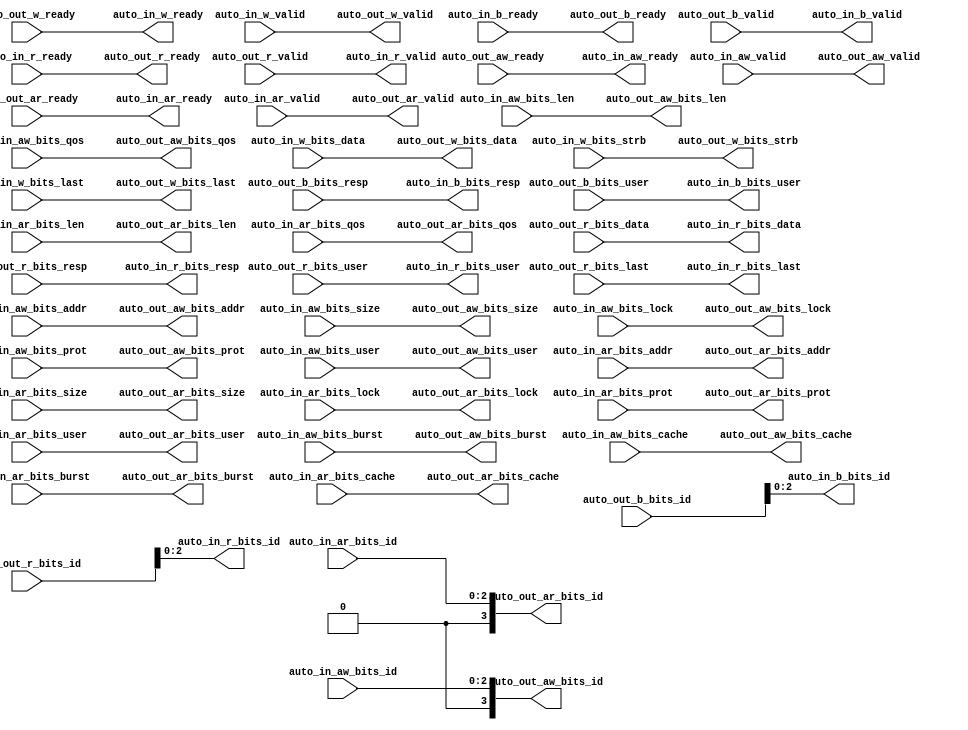
// Copyright (c) 2017, Microsemi Corporation
// All rights reserved.
//
// Redistribution and use in source and binary forms, with or without
// modification, are permitted provided that the following conditions are met:
//     * Redistributions of source code must retain the above copyright
//       notice, this list of conditions and the following disclaimer.
//     * Redistributions in binary form must reproduce the above copyright
//       notice, this list of conditions and the following disclaimer in the
//       documentation and/or other materials provided with the distribution.
//     * Neither the name of the <organization> nor the
//       names of its contributors may be used to endorse or promote products
//       derived from this software without specific prior written permission.
//
// THIS SOFTWARE IS PROVIDED BY THE COPYRIGHT HOLDERS AND CONTRIBUTORS "AS IS" AND
// ANY EXPRESS OR IMPLIED WARRANTIES, INCLUDING, BUT NOT LIMITED TO, THE IMPLIED
// WARRANTIES OF MERCHANTABILITY AND FITNESS FOR A PARTICULAR PURPOSE ARE
// DISCLAIMED. IN NO EVENT SHALL MICROSEMI CORPORATIONM BE LIABLE FOR ANY
// DIRECT, INDIRECT, INCIDENTAL, SPECIAL, EXEMPLARY, OR CONSEQUENTIAL DAMAGES
// (INCLUDING, BUT NOT LIMITED TO, PROCUREMENT OF SUBSTITUTE GOODS OR SERVICES;
// LOSS OF USE, DATA, OR PROFITS; OR BUSINESS INTERRUPTION) HOWEVER CAUSED AND
// ON ANY THEORY OF LIABILITY, WHETHER IN CONTRACT, STRICT LIABILITY, OR TORT
// (INCLUDING NEGLIGENCE OR OTHERWISE) ARISING IN ANY WAY OUT OF THE USE OF THIS
// SOFTWARE, EVEN IF ADVISED OF THE POSSIBILITY OF SUCH DAMAGE.
//
// APACHE LICENSE
// Copyright (c) 2017, Microsemi Corporation 
//
// Licensed under the Apache License, Version 2.0 (the "License");
// you may not use this file except in compliance with the License.
// You may obtain a copy of the License at
//
//    http://www.apache.org/licenses/LICENSE-2.0
//
// Unless required by applicable law or agreed to in writing, software
// distributed under the License is distributed on an "AS IS" BASIS,
// WITHOUT WARRANTIES OR CONDITIONS OF ANY KIND, either express or implied.
// See the License for the specific language governing permissions and
// limitations under the License.
//
// Description:
//
// SVN Revision Information:
// SVN $Revision: $
// SVN $Date: $
//
// Resolved SARs
// SAR      Date     Who   Description
//
// Notes:
//
// ****************************************************************************/
`ifndef RANDOMIZE_REG_INIT 
	 `define RANDOMIZE_REG_INIT 
 `endif
`ifndef RANDOMIZE_MEM_INIT 
	 `define RANDOMIZE_MEM_INIT 
 `endif
`ifndef RANDOMIZE 
	 `define RANDOMIZE 
`endif

`timescale 1ns/10ps
module MiV_AXI_MiV_AXI_0_MIV_RV32IMA_L1_AXI_AXI4ID_INDEXER( // @[:freechips.rocketchip.system.MivRV32ImaL1AhbConfig.fir@116163.2]
  output        auto_in_aw_ready, // @[:freechips.rocketchip.system.MivRV32ImaL1AhbConfig.fir@116166.4]
  input         auto_in_aw_valid, // @[:freechips.rocketchip.system.MivRV32ImaL1AhbConfig.fir@116166.4]
  input  [2:0]  auto_in_aw_bits_id, // @[:freechips.rocketchip.system.MivRV32ImaL1AhbConfig.fir@116166.4]
  input  [30:0] auto_in_aw_bits_addr, // @[:freechips.rocketchip.system.MivRV32ImaL1AhbConfig.fir@116166.4]
  input  [7:0]  auto_in_aw_bits_len, // @[:freechips.rocketchip.system.MivRV32ImaL1AhbConfig.fir@116166.4]
  input  [2:0]  auto_in_aw_bits_size, // @[:freechips.rocketchip.system.MivRV32ImaL1AhbConfig.fir@116166.4]
  input  [1:0]  auto_in_aw_bits_burst, // @[:freechips.rocketchip.system.MivRV32ImaL1AhbConfig.fir@116166.4]
  input         auto_in_aw_bits_lock, // @[:freechips.rocketchip.system.MivRV32ImaL1AhbConfig.fir@116166.4]
  input  [3:0]  auto_in_aw_bits_cache, // @[:freechips.rocketchip.system.MivRV32ImaL1AhbConfig.fir@116166.4]
  input  [2:0]  auto_in_aw_bits_prot, // @[:freechips.rocketchip.system.MivRV32ImaL1AhbConfig.fir@116166.4]
  input  [3:0]  auto_in_aw_bits_qos, // @[:freechips.rocketchip.system.MivRV32ImaL1AhbConfig.fir@116166.4]
  input  [6:0]  auto_in_aw_bits_user, // @[:freechips.rocketchip.system.MivRV32ImaL1AhbConfig.fir@116166.4]
  output        auto_in_w_ready, // @[:freechips.rocketchip.system.MivRV32ImaL1AhbConfig.fir@116166.4]
  input         auto_in_w_valid, // @[:freechips.rocketchip.system.MivRV32ImaL1AhbConfig.fir@116166.4]
  input  [63:0] auto_in_w_bits_data, // @[:freechips.rocketchip.system.MivRV32ImaL1AhbConfig.fir@116166.4]
  input  [7:0]  auto_in_w_bits_strb, // @[:freechips.rocketchip.system.MivRV32ImaL1AhbConfig.fir@116166.4]
  input         auto_in_w_bits_last, // @[:freechips.rocketchip.system.MivRV32ImaL1AhbConfig.fir@116166.4]
  input         auto_in_b_ready, // @[:freechips.rocketchip.system.MivRV32ImaL1AhbConfig.fir@116166.4]
  output        auto_in_b_valid, // @[:freechips.rocketchip.system.MivRV32ImaL1AhbConfig.fir@116166.4]
  output [2:0]  auto_in_b_bits_id, // @[:freechips.rocketchip.system.MivRV32ImaL1AhbConfig.fir@116166.4]
  output [1:0]  auto_in_b_bits_resp, // @[:freechips.rocketchip.system.MivRV32ImaL1AhbConfig.fir@116166.4]
  output [6:0]  auto_in_b_bits_user, // @[:freechips.rocketchip.system.MivRV32ImaL1AhbConfig.fir@116166.4]
  output        auto_in_ar_ready, // @[:freechips.rocketchip.system.MivRV32ImaL1AhbConfig.fir@116166.4]
  input         auto_in_ar_valid, // @[:freechips.rocketchip.system.MivRV32ImaL1AhbConfig.fir@116166.4]
  input  [2:0]  auto_in_ar_bits_id, // @[:freechips.rocketchip.system.MivRV32ImaL1AhbConfig.fir@116166.4]
  input  [30:0] auto_in_ar_bits_addr, // @[:freechips.rocketchip.system.MivRV32ImaL1AhbConfig.fir@116166.4]
  input  [7:0]  auto_in_ar_bits_len, // @[:freechips.rocketchip.system.MivRV32ImaL1AhbConfig.fir@116166.4]
  input  [2:0]  auto_in_ar_bits_size, // @[:freechips.rocketchip.system.MivRV32ImaL1AhbConfig.fir@116166.4]
  input  [1:0]  auto_in_ar_bits_burst, // @[:freechips.rocketchip.system.MivRV32ImaL1AhbConfig.fir@116166.4]
  input         auto_in_ar_bits_lock, // @[:freechips.rocketchip.system.MivRV32ImaL1AhbConfig.fir@116166.4]
  input  [3:0]  auto_in_ar_bits_cache, // @[:freechips.rocketchip.system.MivRV32ImaL1AhbConfig.fir@116166.4]
  input  [2:0]  auto_in_ar_bits_prot, // @[:freechips.rocketchip.system.MivRV32ImaL1AhbConfig.fir@116166.4]
  input  [3:0]  auto_in_ar_bits_qos, // @[:freechips.rocketchip.system.MivRV32ImaL1AhbConfig.fir@116166.4]
  input  [6:0]  auto_in_ar_bits_user, // @[:freechips.rocketchip.system.MivRV32ImaL1AhbConfig.fir@116166.4]
  input         auto_in_r_ready, // @[:freechips.rocketchip.system.MivRV32ImaL1AhbConfig.fir@116166.4]
  output        auto_in_r_valid, // @[:freechips.rocketchip.system.MivRV32ImaL1AhbConfig.fir@116166.4]
  output [2:0]  auto_in_r_bits_id, // @[:freechips.rocketchip.system.MivRV32ImaL1AhbConfig.fir@116166.4]
  output [63:0] auto_in_r_bits_data, // @[:freechips.rocketchip.system.MivRV32ImaL1AhbConfig.fir@116166.4]
  output [1:0]  auto_in_r_bits_resp, // @[:freechips.rocketchip.system.MivRV32ImaL1AhbConfig.fir@116166.4]
  output [6:0]  auto_in_r_bits_user, // @[:freechips.rocketchip.system.MivRV32ImaL1AhbConfig.fir@116166.4]
  output        auto_in_r_bits_last, // @[:freechips.rocketchip.system.MivRV32ImaL1AhbConfig.fir@116166.4]
  input         auto_out_aw_ready, // @[:freechips.rocketchip.system.MivRV32ImaL1AhbConfig.fir@116166.4]
  output        auto_out_aw_valid, // @[:freechips.rocketchip.system.MivRV32ImaL1AhbConfig.fir@116166.4]
  output [3:0]  auto_out_aw_bits_id, // @[:freechips.rocketchip.system.MivRV32ImaL1AhbConfig.fir@116166.4]
  output [30:0] auto_out_aw_bits_addr, // @[:freechips.rocketchip.system.MivRV32ImaL1AhbConfig.fir@116166.4]
  output [7:0]  auto_out_aw_bits_len, // @[:freechips.rocketchip.system.MivRV32ImaL1AhbConfig.fir@116166.4]
  output [2:0]  auto_out_aw_bits_size, // @[:freechips.rocketchip.system.MivRV32ImaL1AhbConfig.fir@116166.4]
  output [1:0]  auto_out_aw_bits_burst, // @[:freechips.rocketchip.system.MivRV32ImaL1AhbConfig.fir@116166.4]
  output        auto_out_aw_bits_lock, // @[:freechips.rocketchip.system.MivRV32ImaL1AhbConfig.fir@116166.4]
  output [3:0]  auto_out_aw_bits_cache, // @[:freechips.rocketchip.system.MivRV32ImaL1AhbConfig.fir@116166.4]
  output [2:0]  auto_out_aw_bits_prot, // @[:freechips.rocketchip.system.MivRV32ImaL1AhbConfig.fir@116166.4]
  output [3:0]  auto_out_aw_bits_qos, // @[:freechips.rocketchip.system.MivRV32ImaL1AhbConfig.fir@116166.4]
  output [6:0]  auto_out_aw_bits_user, // @[:freechips.rocketchip.system.MivRV32ImaL1AhbConfig.fir@116166.4]
  input         auto_out_w_ready, // @[:freechips.rocketchip.system.MivRV32ImaL1AhbConfig.fir@116166.4]
  output        auto_out_w_valid, // @[:freechips.rocketchip.system.MivRV32ImaL1AhbConfig.fir@116166.4]
  output [63:0] auto_out_w_bits_data, // @[:freechips.rocketchip.system.MivRV32ImaL1AhbConfig.fir@116166.4]
  output [7:0]  auto_out_w_bits_strb, // @[:freechips.rocketchip.system.MivRV32ImaL1AhbConfig.fir@116166.4]
  output        auto_out_w_bits_last, // @[:freechips.rocketchip.system.MivRV32ImaL1AhbConfig.fir@116166.4]
  output        auto_out_b_ready, // @[:freechips.rocketchip.system.MivRV32ImaL1AhbConfig.fir@116166.4]
  input         auto_out_b_valid, // @[:freechips.rocketchip.system.MivRV32ImaL1AhbConfig.fir@116166.4]
  input  [3:0]  auto_out_b_bits_id, // @[:freechips.rocketchip.system.MivRV32ImaL1AhbConfig.fir@116166.4]
  input  [1:0]  auto_out_b_bits_resp, // @[:freechips.rocketchip.system.MivRV32ImaL1AhbConfig.fir@116166.4]
  input  [6:0]  auto_out_b_bits_user, // @[:freechips.rocketchip.system.MivRV32ImaL1AhbConfig.fir@116166.4]
  input         auto_out_ar_ready, // @[:freechips.rocketchip.system.MivRV32ImaL1AhbConfig.fir@116166.4]
  output        auto_out_ar_valid, // @[:freechips.rocketchip.system.MivRV32ImaL1AhbConfig.fir@116166.4]
  output [3:0]  auto_out_ar_bits_id, // @[:freechips.rocketchip.system.MivRV32ImaL1AhbConfig.fir@116166.4]
  output [30:0] auto_out_ar_bits_addr, // @[:freechips.rocketchip.system.MivRV32ImaL1AhbConfig.fir@116166.4]
  output [7:0]  auto_out_ar_bits_len, // @[:freechips.rocketchip.system.MivRV32ImaL1AhbConfig.fir@116166.4]
  output [2:0]  auto_out_ar_bits_size, // @[:freechips.rocketchip.system.MivRV32ImaL1AhbConfig.fir@116166.4]
  output [1:0]  auto_out_ar_bits_burst, // @[:freechips.rocketchip.system.MivRV32ImaL1AhbConfig.fir@116166.4]
  output        auto_out_ar_bits_lock, // @[:freechips.rocketchip.system.MivRV32ImaL1AhbConfig.fir@116166.4]
  output [3:0]  auto_out_ar_bits_cache, // @[:freechips.rocketchip.system.MivRV32ImaL1AhbConfig.fir@116166.4]
  output [2:0]  auto_out_ar_bits_prot, // @[:freechips.rocketchip.system.MivRV32ImaL1AhbConfig.fir@116166.4]
  output [3:0]  auto_out_ar_bits_qos, // @[:freechips.rocketchip.system.MivRV32ImaL1AhbConfig.fir@116166.4]
  output [6:0]  auto_out_ar_bits_user, // @[:freechips.rocketchip.system.MivRV32ImaL1AhbConfig.fir@116166.4]
  output        auto_out_r_ready, // @[:freechips.rocketchip.system.MivRV32ImaL1AhbConfig.fir@116166.4]
  input         auto_out_r_valid, // @[:freechips.rocketchip.system.MivRV32ImaL1AhbConfig.fir@116166.4]
  input  [3:0]  auto_out_r_bits_id, // @[:freechips.rocketchip.system.MivRV32ImaL1AhbConfig.fir@116166.4]
  input  [63:0] auto_out_r_bits_data, // @[:freechips.rocketchip.system.MivRV32ImaL1AhbConfig.fir@116166.4]
  input  [1:0]  auto_out_r_bits_resp, // @[:freechips.rocketchip.system.MivRV32ImaL1AhbConfig.fir@116166.4]
  input  [6:0]  auto_out_r_bits_user, // @[:freechips.rocketchip.system.MivRV32ImaL1AhbConfig.fir@116166.4]
  input         auto_out_r_bits_last // @[:freechips.rocketchip.system.MivRV32ImaL1AhbConfig.fir@116166.4]
);
  wire [2:0] _T_31_b_bits_id; // @[Nodes.scala 335:76:freechips.rocketchip.system.MivRV32ImaL1AhbConfig.fir@116171.4]
  wire [2:0] _T_31_r_bits_id; // @[Nodes.scala 335:76:freechips.rocketchip.system.MivRV32ImaL1AhbConfig.fir@116171.4]
  wire [3:0] _T_89_aw_bits_id; // @[Nodes.scala 334:76:freechips.rocketchip.system.MivRV32ImaL1AhbConfig.fir@116173.4]
  wire [3:0] _T_89_ar_bits_id; // @[Nodes.scala 334:76:freechips.rocketchip.system.MivRV32ImaL1AhbConfig.fir@116173.4]
  assign _T_31_b_bits_id = auto_out_b_bits_id[2:0]; // @[Nodes.scala 335:76:freechips.rocketchip.system.MivRV32ImaL1AhbConfig.fir@116171.4]
  assign _T_31_r_bits_id = auto_out_r_bits_id[2:0]; // @[Nodes.scala 335:76:freechips.rocketchip.system.MivRV32ImaL1AhbConfig.fir@116171.4]
  assign _T_89_aw_bits_id = {{1'd0}, auto_in_aw_bits_id}; // @[Nodes.scala 334:76:freechips.rocketchip.system.MivRV32ImaL1AhbConfig.fir@116173.4]
  assign _T_89_ar_bits_id = {{1'd0}, auto_in_ar_bits_id}; // @[Nodes.scala 334:76:freechips.rocketchip.system.MivRV32ImaL1AhbConfig.fir@116173.4]
  assign auto_in_aw_ready = auto_out_aw_ready;
  assign auto_in_w_ready = auto_out_w_ready;
  assign auto_in_b_valid = auto_out_b_valid;
  assign auto_in_b_bits_id = _T_31_b_bits_id;
  assign auto_in_b_bits_resp = auto_out_b_bits_resp;
  assign auto_in_b_bits_user = auto_out_b_bits_user;
  assign auto_in_ar_ready = auto_out_ar_ready;
  assign auto_in_r_valid = auto_out_r_valid;
  assign auto_in_r_bits_id = _T_31_r_bits_id;
  assign auto_in_r_bits_data = auto_out_r_bits_data;
  assign auto_in_r_bits_resp = auto_out_r_bits_resp;
  assign auto_in_r_bits_user = auto_out_r_bits_user;
  assign auto_in_r_bits_last = auto_out_r_bits_last;
  assign auto_out_aw_valid = auto_in_aw_valid;
  assign auto_out_aw_bits_id = _T_89_aw_bits_id;
  assign auto_out_aw_bits_addr = auto_in_aw_bits_addr;
  assign auto_out_aw_bits_len = auto_in_aw_bits_len;
  assign auto_out_aw_bits_size = auto_in_aw_bits_size;
  assign auto_out_aw_bits_burst = auto_in_aw_bits_burst;
  assign auto_out_aw_bits_lock = auto_in_aw_bits_lock;
  assign auto_out_aw_bits_cache = auto_in_aw_bits_cache;
  assign auto_out_aw_bits_prot = auto_in_aw_bits_prot;
  assign auto_out_aw_bits_qos = auto_in_aw_bits_qos;
  assign auto_out_aw_bits_user = auto_in_aw_bits_user;
  assign auto_out_w_valid = auto_in_w_valid;
  assign auto_out_w_bits_data = auto_in_w_bits_data;
  assign auto_out_w_bits_strb = auto_in_w_bits_strb;
  assign auto_out_w_bits_last = auto_in_w_bits_last;
  assign auto_out_b_ready = auto_in_b_ready;
  assign auto_out_ar_valid = auto_in_ar_valid;
  assign auto_out_ar_bits_id = _T_89_ar_bits_id;
  assign auto_out_ar_bits_addr = auto_in_ar_bits_addr;
  assign auto_out_ar_bits_len = auto_in_ar_bits_len;
  assign auto_out_ar_bits_size = auto_in_ar_bits_size;
  assign auto_out_ar_bits_burst = auto_in_ar_bits_burst;
  assign auto_out_ar_bits_lock = auto_in_ar_bits_lock;
  assign auto_out_ar_bits_cache = auto_in_ar_bits_cache;
  assign auto_out_ar_bits_prot = auto_in_ar_bits_prot;
  assign auto_out_ar_bits_qos = auto_in_ar_bits_qos;
  assign auto_out_ar_bits_user = auto_in_ar_bits_user;
  assign auto_out_r_ready = auto_in_r_ready;
endmodule